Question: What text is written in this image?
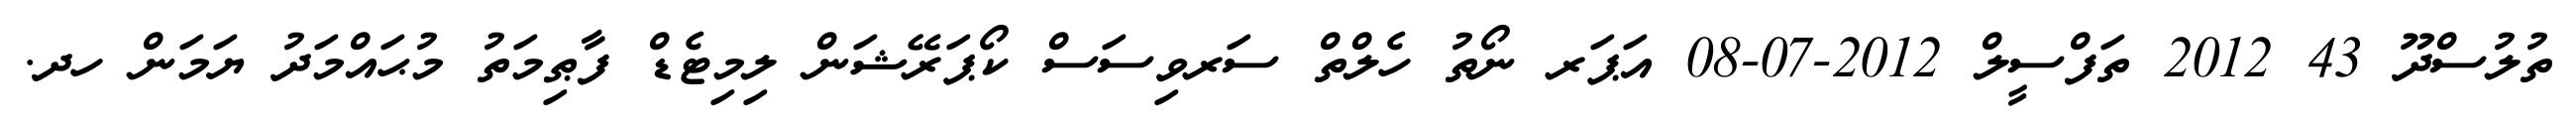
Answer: ތުލުސްދޫ 43 2012 ތަފްސީލް 2012-07-08 އަޕަރ ނޯތު ހެލްތް ސަރވިސަސް ކޯޕަރޭޝަން ލިމިޓެޑް ފާޠިމަތު މުޙައްމަދު ޔަމަން ހދ.